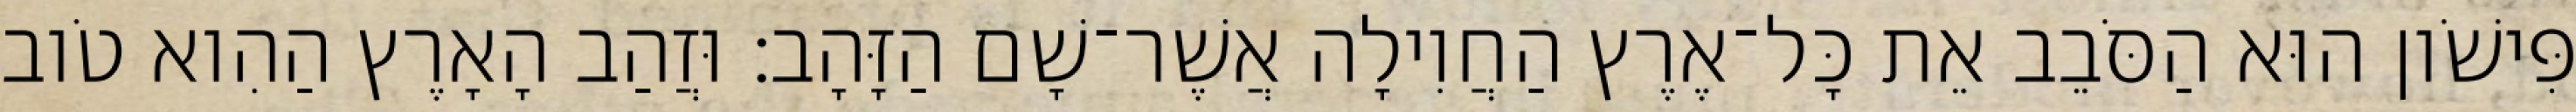
פִּישֹׁון הוּא הַסֹּבֵב אֵת כָּל־אֶרֶץ הַחֲוִילָה אֲשֶׁר־שָׁם הַזָּהָב׃ וּזֲהַב הָאָרֶץ הַהִוא טֹוב